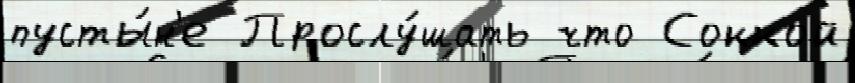
пусты́н'е Прослу́шать что Соккой